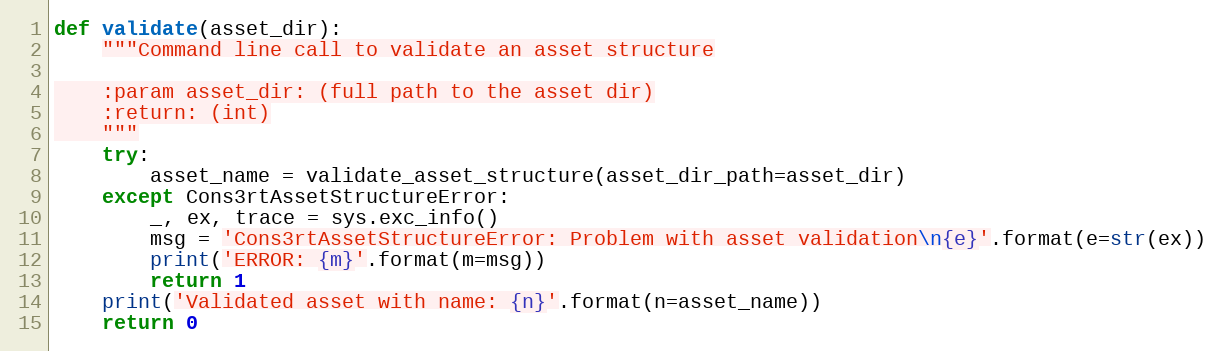
Language: Python
def validate(asset_dir):
    """Command line call to validate an asset structure

    :param asset_dir: (full path to the asset dir)
    :return: (int)
    """
    try:
        asset_name = validate_asset_structure(asset_dir_path=asset_dir)
    except Cons3rtAssetStructureError:
        _, ex, trace = sys.exc_info()
        msg = 'Cons3rtAssetStructureError: Problem with asset validation\n{e}'.format(e=str(ex))
        print('ERROR: {m}'.format(m=msg))
        return 1
    print('Validated asset with name: {n}'.format(n=asset_name))
    return 0